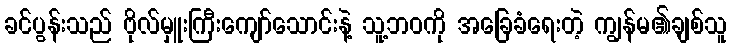
ခင်ပွန်းသည် ဗိုလ်မှူးကြီးကျော်သောင်းနဲ့ သူ့ဘဝကို အခြေခံရေးတဲ့ ကျွန်မ၏ချစ်သူ